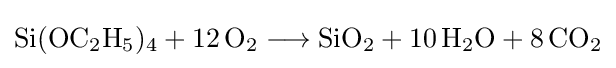
{\mathrm {Si} (\mathrm {OC} {\vphantom {A}}_{\smash[{t}]{2}}\mathrm {H} {\vphantom {A}}_{\smash[{t}]{5}}){\vphantom {A}}_{\smash[{t}]{4}}{}+{}12\,\mathrm {O} {\vphantom {A}}_{\smash[{t}]{2}}{}\mathrel {\longrightarrow } {}\mathrm {SiO} {\vphantom {A}}_{\smash[{t}]{2}}{}+{}10\,\mathrm {H} {\vphantom {A}}_{\smash[{t}]{2}}\mathrm {O} {}+{}8\,\mathrm {CO} {\vphantom {A}}_{\smash[{t}]{2}}}